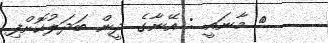
} މާނައީ : އޭނާގެ ދީން ބަދަލުކޮށްފި